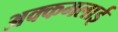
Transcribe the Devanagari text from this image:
अक्कमलाई